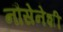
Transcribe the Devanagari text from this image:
नौसेनेशी